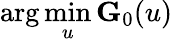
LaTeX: \arg\operatorname*{min}_{u}\mathbf{G}_{0}(u)